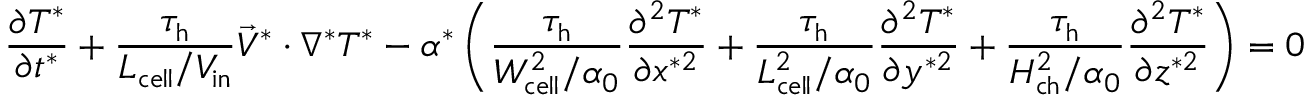
\frac { \partial T ^ { * } } { \partial t ^ { * } } + \boldsymbol { \frac { \tau _ { \mathrm { h } } } { L _ { \mathrm { c e l l } } / V _ { \mathrm { i n } } } } \vec { V } ^ { * } \cdot \nabla ^ { * } T ^ { * } - \alpha ^ { * } \left( \boldsymbol { \frac { \tau _ { \mathrm { h } } } { W _ { \mathrm { c e l l } } ^ { 2 } / \alpha _ { 0 } } } \frac { \partial ^ { 2 } T ^ { * } } { \partial x ^ { * 2 } } + \boldsymbol { \frac { \tau _ { \mathrm { h } } } { L _ { \mathrm { c e l l } } ^ { 2 } / \alpha _ { 0 } } } \frac { \partial ^ { 2 } T ^ { * } } { \partial y ^ { * 2 } } + \boldsymbol { \frac { \tau _ { \mathrm { h } } } { H _ { \mathrm { c h } } ^ { 2 } / \alpha _ { 0 } } } \frac { \partial ^ { 2 } T ^ { * } } { \partial z ^ { * 2 } } \right) = 0